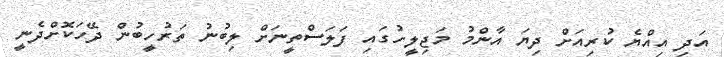
އަދި އިއްޔެ ކުރިއަށް ދިޔަ އާންމު މަޖިލީހުގައި ފަލަސްތީނަށް ލިބުނު ތަރުހީބުން ދޭހަކޮށްދެނީ